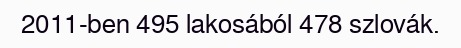
2011-ben 495 lakosából 478 szlovák.